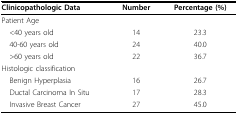
| Clinicopathologic Data | Number | Percentage (%) |
 | --- | --- | --- |
 | Patient Age |  |  |
 | <40 years old | 14 | 23.3 |
 | 40-60 years old | 24 | 40.0 |
 | >60 years old | 22 | 36.7 |
 | Histologic classification |  |  |
 | Benign Hyperplasia | 16 | 26.7 |
 | Ductal Carcinoma In Situ | 17 | 28.3 |
 | Invasive Breast Cancer | 27 | 45.0 |